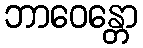
ဘာဝေန္တော